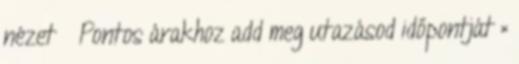
nézet » Pontos árakhoz add meg utazásod időpontját ×